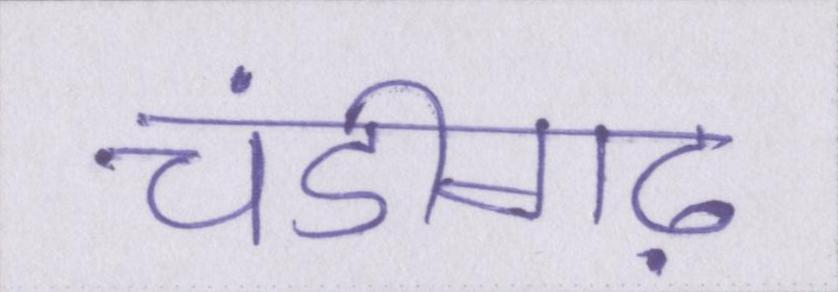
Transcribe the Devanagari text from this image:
चंडीगढ़